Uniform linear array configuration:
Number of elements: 16
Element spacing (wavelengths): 0.5
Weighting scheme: uniform
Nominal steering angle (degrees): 0
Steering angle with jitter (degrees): -0.7174
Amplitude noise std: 0.05
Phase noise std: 0.05

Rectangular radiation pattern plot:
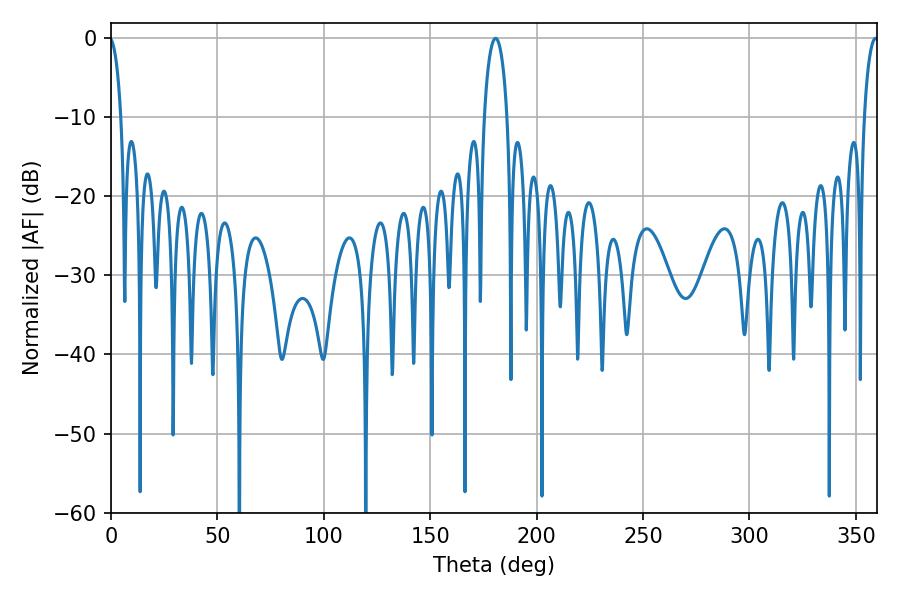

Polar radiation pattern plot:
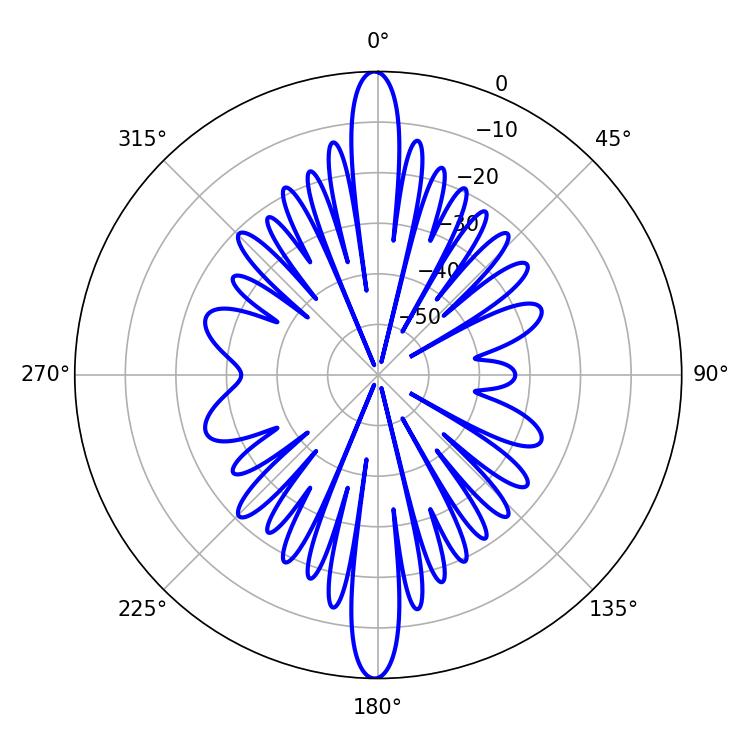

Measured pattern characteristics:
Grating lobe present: FALSE
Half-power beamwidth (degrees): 6.12
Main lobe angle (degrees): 180.72